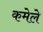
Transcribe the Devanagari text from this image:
कमेले